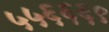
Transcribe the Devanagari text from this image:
५५६६६९